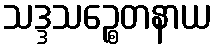
သဒ္ဒသဉ္စေတနာယ